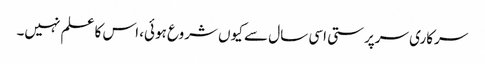
سرکاری سرپرستی اسی سال سے کیوں شروع ہوئی، اس کا علم نہیں۔